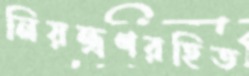
নিয়ন্ত্রণরহিত